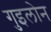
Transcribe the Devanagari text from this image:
गुइलोन